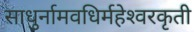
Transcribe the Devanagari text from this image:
साधुर्नामवधिर्महेश्‍वरकृती